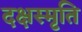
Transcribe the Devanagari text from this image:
दक्षस्मृति